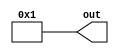
module ONE_4bit( output [3:0] out );

  assign out = 4'b0001;

endmodule